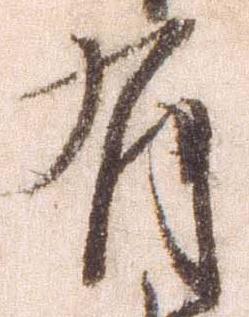
有